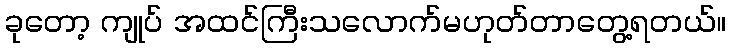
ခုတော့ ကျုပ် အထင်ကြီးသလောက်မဟုတ်တာတွေ့ရတယ်။